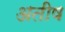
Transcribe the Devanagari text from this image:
अतीष